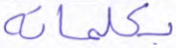
بكلماته